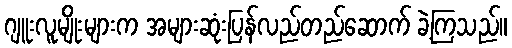
ဂျူးလူမျိုးများက အများဆုံးပြန်လည်တည်ဆောက် ခဲ့ကြသည်။